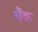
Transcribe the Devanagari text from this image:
चैंक